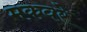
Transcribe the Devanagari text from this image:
मकवरे